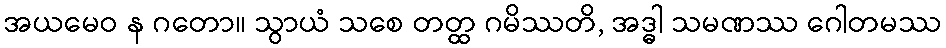
အယမေဝ န ဂတော။ သွာယံ သစေ တတ္ထ ဂမိဿတိ, အဒ္ဓါ သမဏဿ ဂေါတမဿ